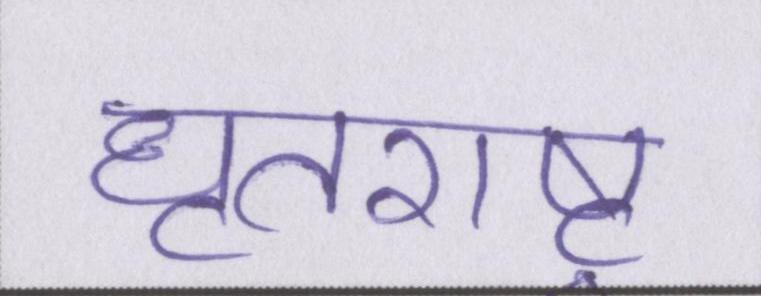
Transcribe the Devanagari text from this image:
धॄतराष्ट्र